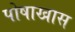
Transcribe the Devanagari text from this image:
पोषाखास